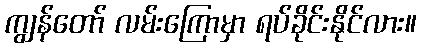
ကျွန်တော် လမ်းကြောမှာ ရပ်ခိုင်းနိုင်လား။